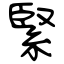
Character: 緊